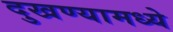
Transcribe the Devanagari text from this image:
दुखण्यामध्ये